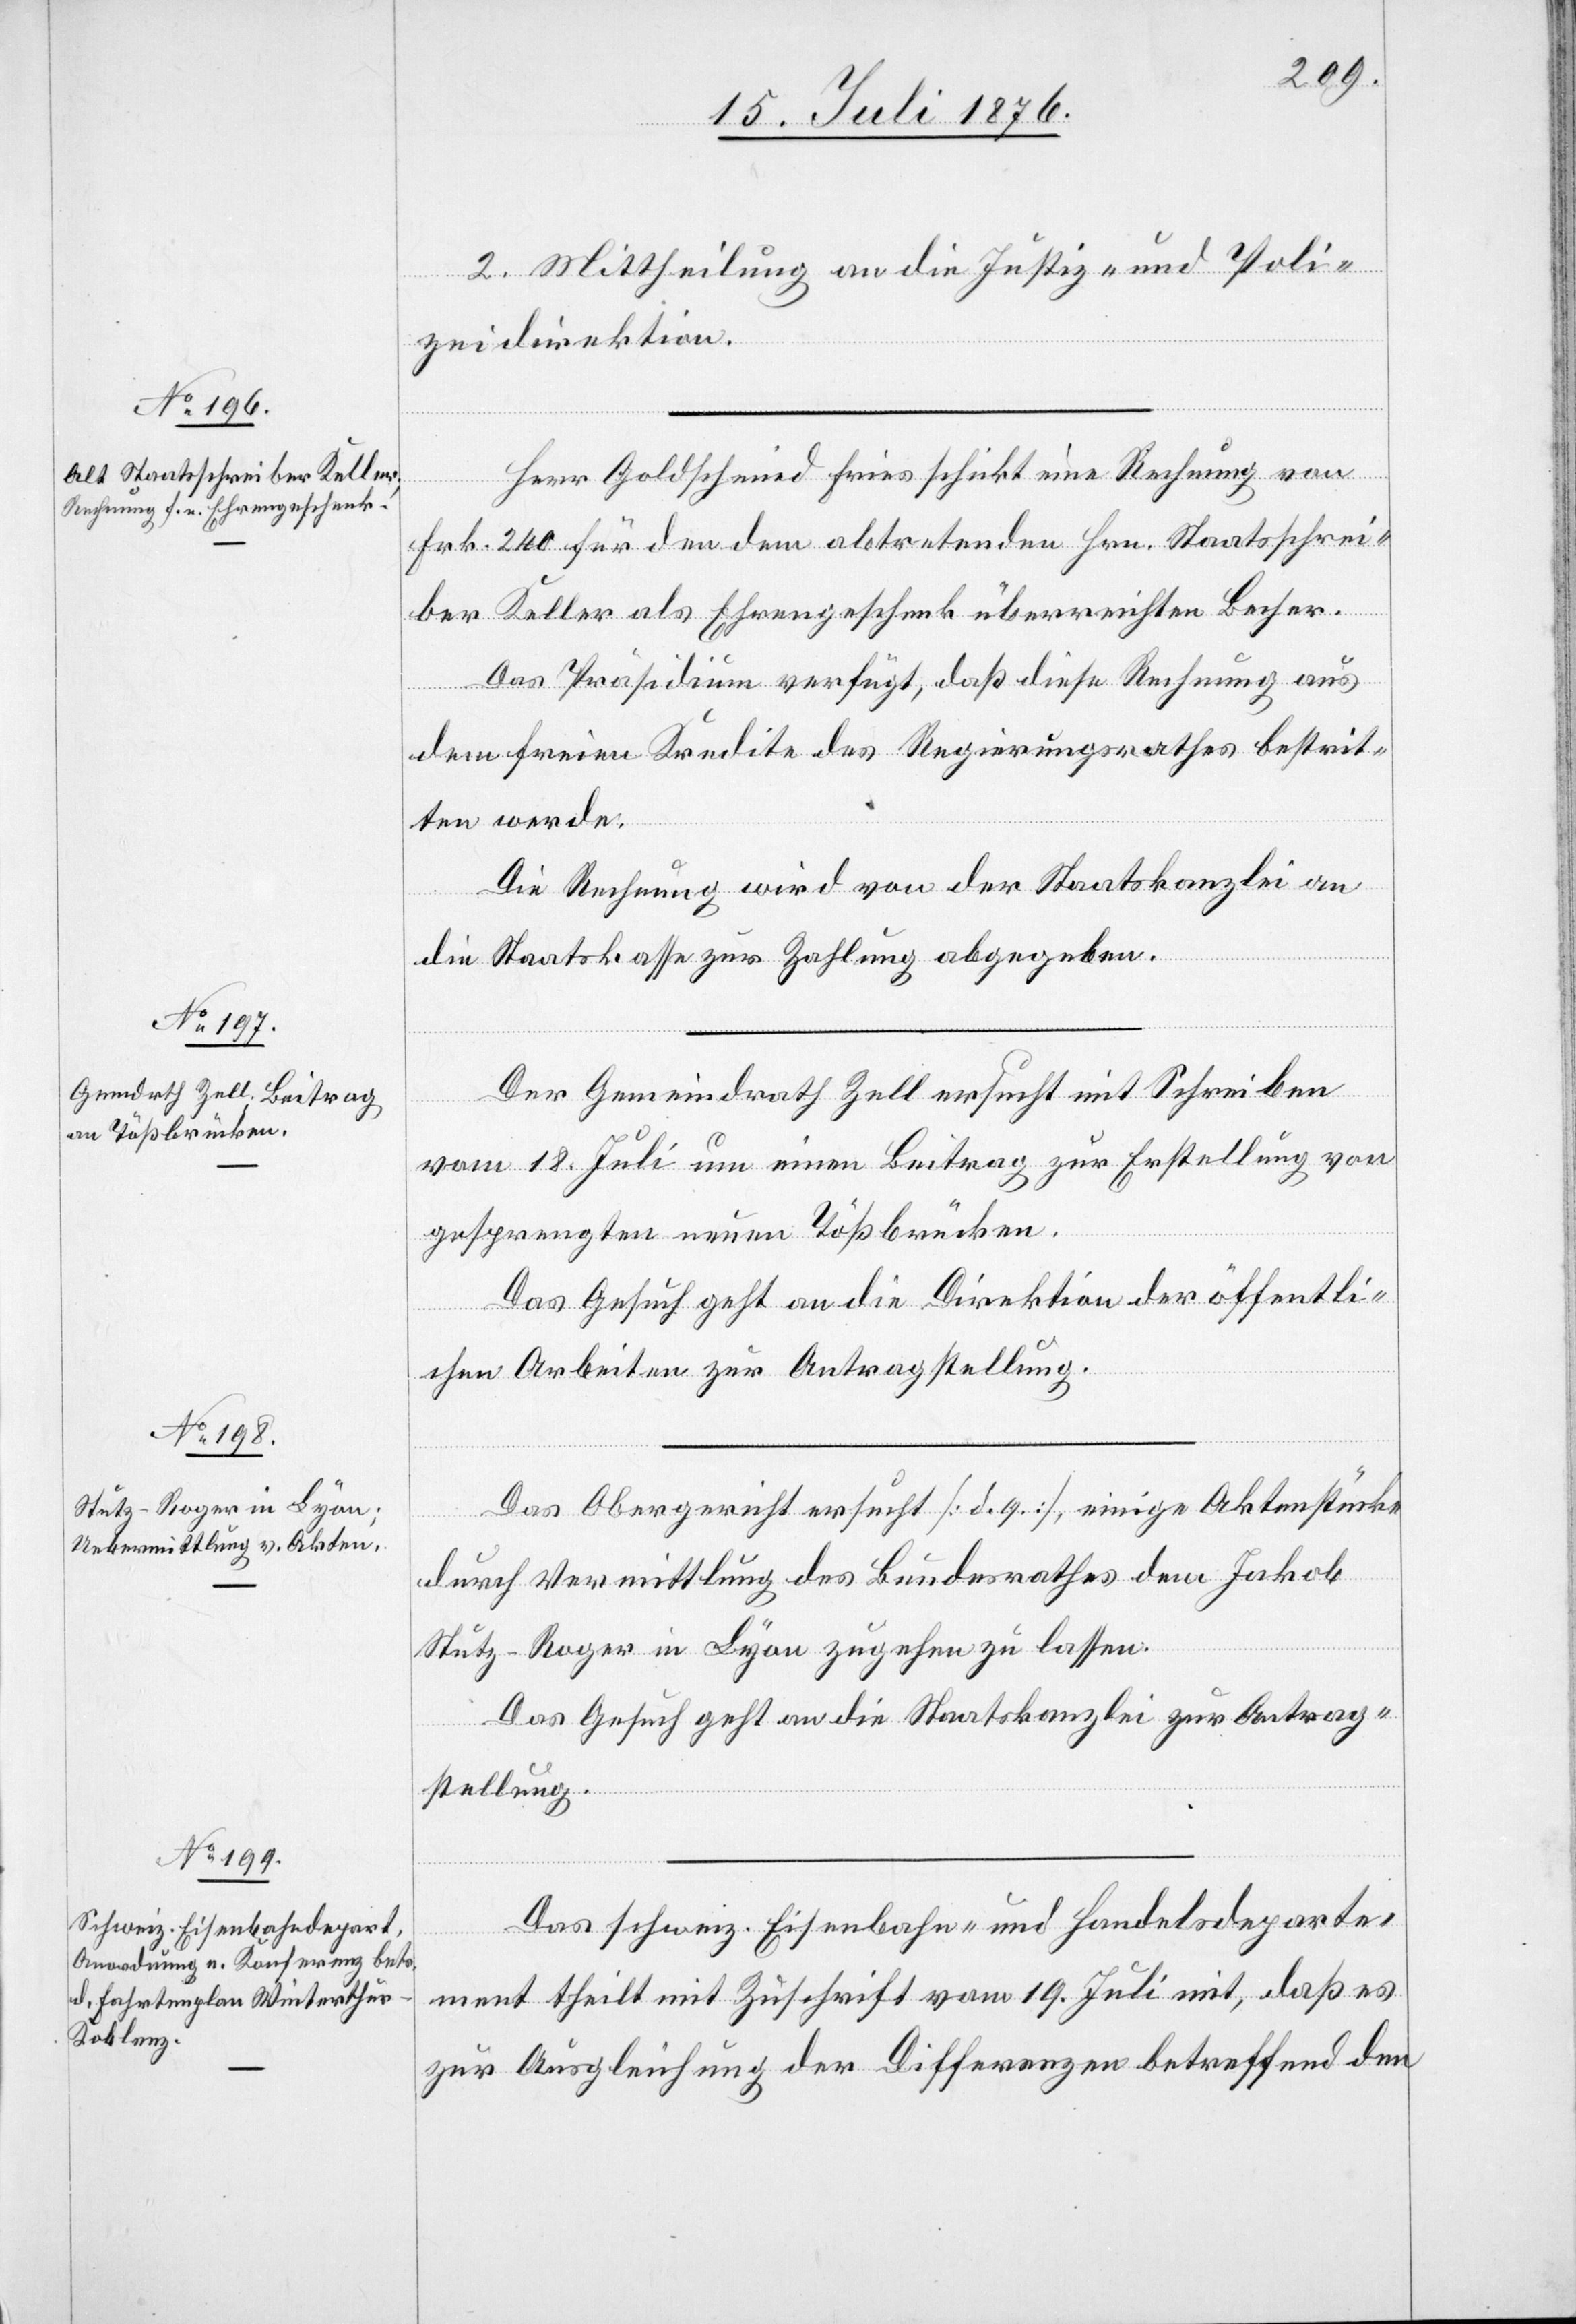
20. Juli 1876.]
2. Mittheilung an die Justiz- und Poli¬
zeidirektion.
Herr Goldschmid Fries schickt eine Rechnung von
Frk. 240 für den dem abtretenden Hrn. Staatschrei¬
ber Keller als Ehrengeschenk überreichten Becher.
Das Präsidium verfügt, daß diese Rechnung aus
dem freien Kredite des Regierungsrathes bestrit¬
ten werde.
Die Rechnung wird von der Staatskanzlei an
die Staatskasse zur Zahlung abgegeben.
Der Gemeindrath Zell ersucht mit Schreiben
vom 18. Juli um einen Beitrag zur Erstellung von
gesprengten neuen Tößbrücken.
Das Gesuch geht an die Direktion der öffentli¬
chen Arbeiten zur Antragstellung.
Das Obergericht ersucht [d. q.], einige Aktenstücke
durch Vermittlung des Bundesrathes dem Jakob
Stutz-Roger in Lyon zugehen zu lassen.
Das Gesuch geht an die Staatskanzlei zur Antrag¬
stellung.
Das schweiz. Eisenbahn- und Handelsdeparte¬
ment theilt mit Zuschrift vom 19. Juli mit, daß es
zur Ausgleichung der Differenzen betreffend den